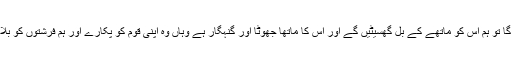
ہرگز نہیں اگر یہ (ان بُرے کاموں سے ) باز نہ آئے گا تو ہم اس کو ماتھے کے بل گھسیٹیں گے اور اس کا ماتھا جھوٹا اور گنہگار ہے وہاں وہ اپنی قوم کو پکارے اور ہم فرشتوں کو بلائیں گے تو ہرگز اس کا کہنا نہ مان“ (العلق:13–6)۔